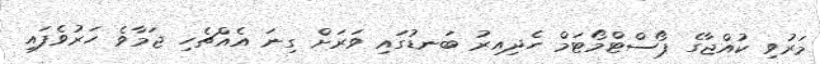
މަރުވި ކުއްޖާގެ ޕޯސްޓްމޯޓަމް ހެދިއިރު ބަނޑުގައި ވަރަށް ގިނަ އެއްޗެހި ޖަމާވެ ހަރުވެފައި